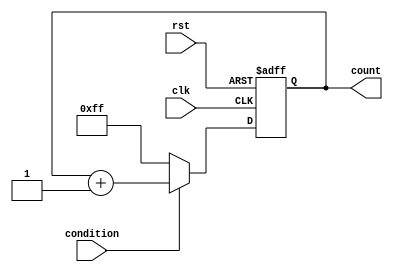
module while_loop_example(
    input wire clk,
    input wire rst,
    input wire condition,
    output reg [7:0] count
);

always @ (posedge clk or posedge rst) begin
    if (rst) begin
        count <= 8'h00;
    end else begin
        if (condition) begin
            count <= count + 8'h01;
        end else begin
            count <= 8'hFF;
        end
    end
end

endmodule